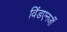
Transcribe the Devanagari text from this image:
विंडएनर्जी